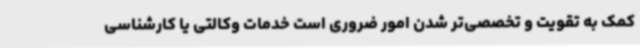
کمک به تقویت و تخصصی‌تر شدن امور ضروری است خدمات وکالتی یا کارشناسی